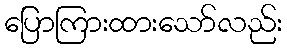
ပြောကြားထားသော်လည်း